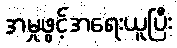
အမှုဖွင့်အရေးယူပြီး